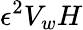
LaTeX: \epsilon^{2}V_{w}H